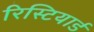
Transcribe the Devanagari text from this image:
रिस्टियार्ड